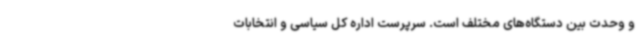
و وحدت بین دستگاه‌های مختلف است. سرپرست اداره کل سیاسی و انتخابات